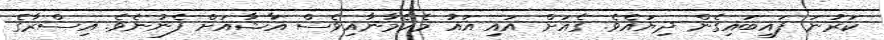
ކަރުނަ ފައިބައިގެން ދިޔައެވެ. ގެއަށް އައި އައު މެހެމާނާއިވެސް އާޝާއަށް ފެނުނެވެ. އިސްރާގެ